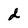
Character: d